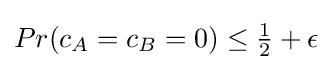
Pr(c_{A}=c_{B}=0)\leq {\tfrac {1}{2}}+\epsilon